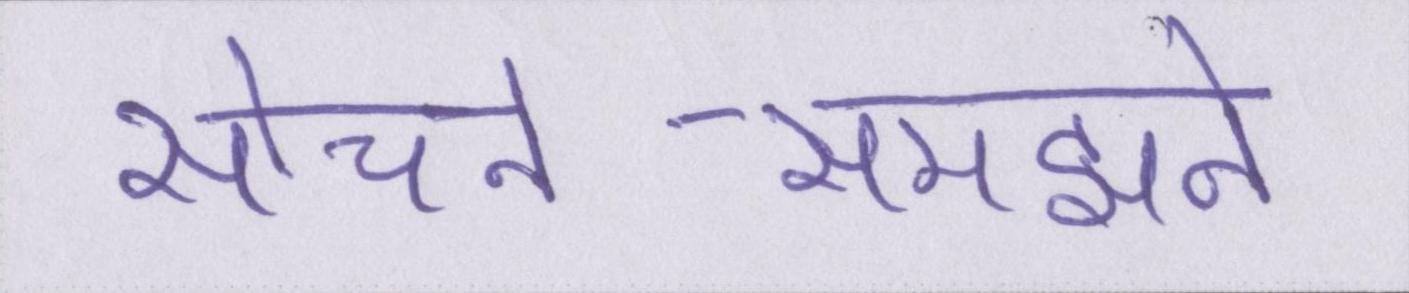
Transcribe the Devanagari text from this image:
सोचने-समझने